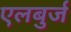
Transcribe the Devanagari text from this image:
एलबुर्ज